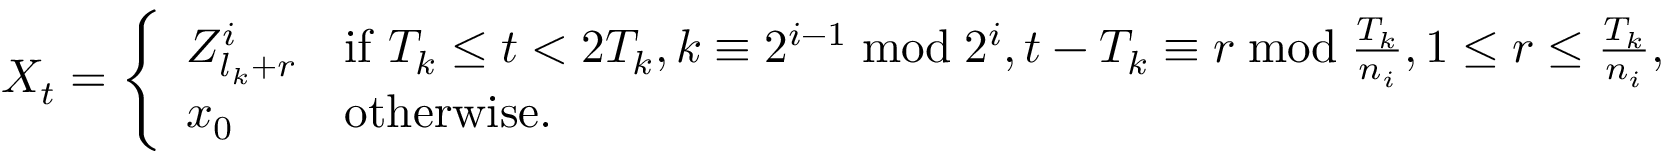
X _ { t } = \left\{ \begin{array} { l l } { Z _ { l _ { k } + r } ^ { i } } & { \mathrm { i f ~ } T _ { k } \leq t < 2 T _ { k } , k \equiv 2 ^ { i - 1 } \bmod 2 ^ { i } , t - T _ { k } \equiv r \bmod \frac { T _ { k } } { n _ { i } } , 1 \leq r \leq \frac { T _ { k } } { n _ { i } } , } \\ { x _ { 0 } } & { \mathrm { o t h e r w i s e } . } \end{array} \right.